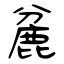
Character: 麄